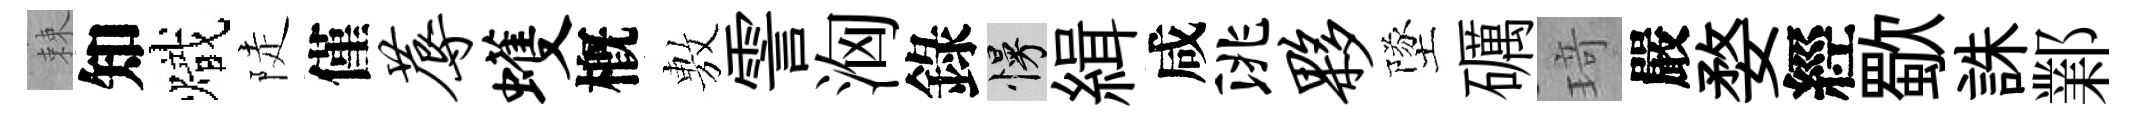
棘知熾陡僅蓐蠖槪𢾾霅洶錄慢緝咸洮夥墜礪𤦺嚴婺經歜誅鄴